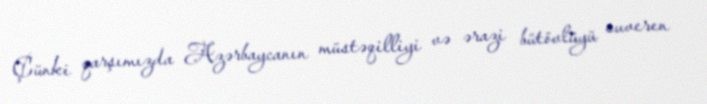
Çünki qarşımızda Azərbaycanın müstəqilliyi və ərazi bütövlüyü suveren